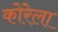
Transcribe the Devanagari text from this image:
कोरेला